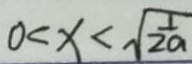
0 < x < \sqrt { \frac { 1 } { 2 a } }